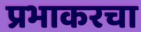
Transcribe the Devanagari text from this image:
प्रभाकरचा